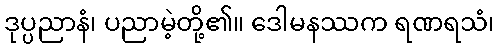
ဒုပ္ပညာနံ၊ ပညာမဲ့တို့၏။ ဒေါမနဿက ရဏရသံ၊